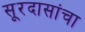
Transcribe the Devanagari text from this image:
सूरदासांचा